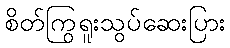
စိတ်ကြွရူးသွပ်ဆေးပြား